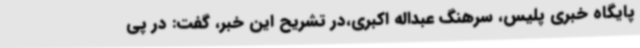
پایگاه خبری پلیس، سرهنگ عبداله اکبری،در تشریح این خبر، گفت: در پی